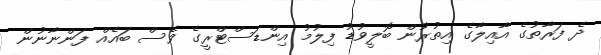
ދެ ފަރާތުގެ އާއިލާގެ އިތުރުން ބޮލީވުޑު ފިލުމު އިންޑަސްޓްރީގެ ވެސް ބައެއް ފަންނާނުން